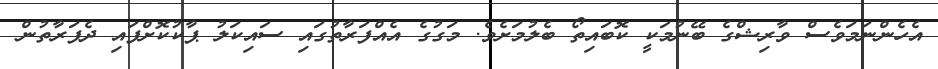
އެހެންނަމަވެސް ވާރިޝްގެ ބޭނުމަކީ ކޮބައިތޯ ބެލުމަށެވެ. މަގުގެ އެއްފަރާތުގައި ސައިކަލު ޕާކުކޮށްފައި ދެފަރާތުން